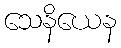
သေနိယေန